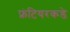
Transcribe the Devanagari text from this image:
फ्रंटियरकडे